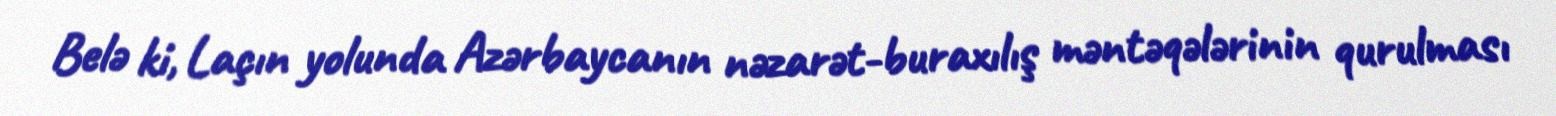
Belə ki, Laçın yolunda Azərbaycanın nəzarət-buraxılış məntəqələrinin qurulması